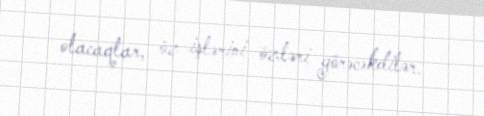
olacaqlar, öz işlərini özləri görəcəkdilər.